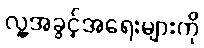
လူ့အခွင့်အရေးများကို